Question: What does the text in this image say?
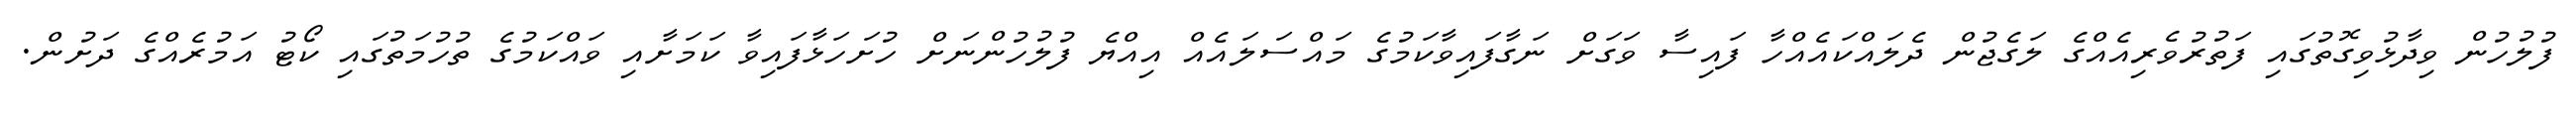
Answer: ފުލުހުން ވިދާޅުވިގޮތުގައި ފަތުރުވެރިއެއްގެ ލަގެޖުން ދެލައްކައެއްހާ ފައިސާ ވަގަށް ނަގާފައިވާކަމުގެ މައްސަލައެއް އިއްޔެ ފުލުހުންނަށް ހުށަހަޅާފައިވާ ކަމަށާއި ވައްކަމުގެ ތުހުމަތުގައި ކޯޓު އަމުރެއްގެ ދަށުން.